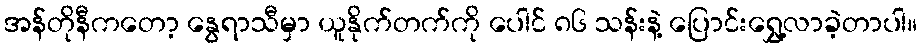
အန်တိုနီကတော့ နွေရာသီမှာ ယူနိုက်တက်ကို ပေါင် ၈၆ သန်းနဲ့ ပြောင်းရွှေ့လာခဲ့တာပါ။